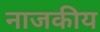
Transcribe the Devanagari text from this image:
नाजकीय